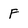
Character: F